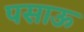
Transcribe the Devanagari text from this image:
पसाऊ